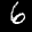
Label: 6